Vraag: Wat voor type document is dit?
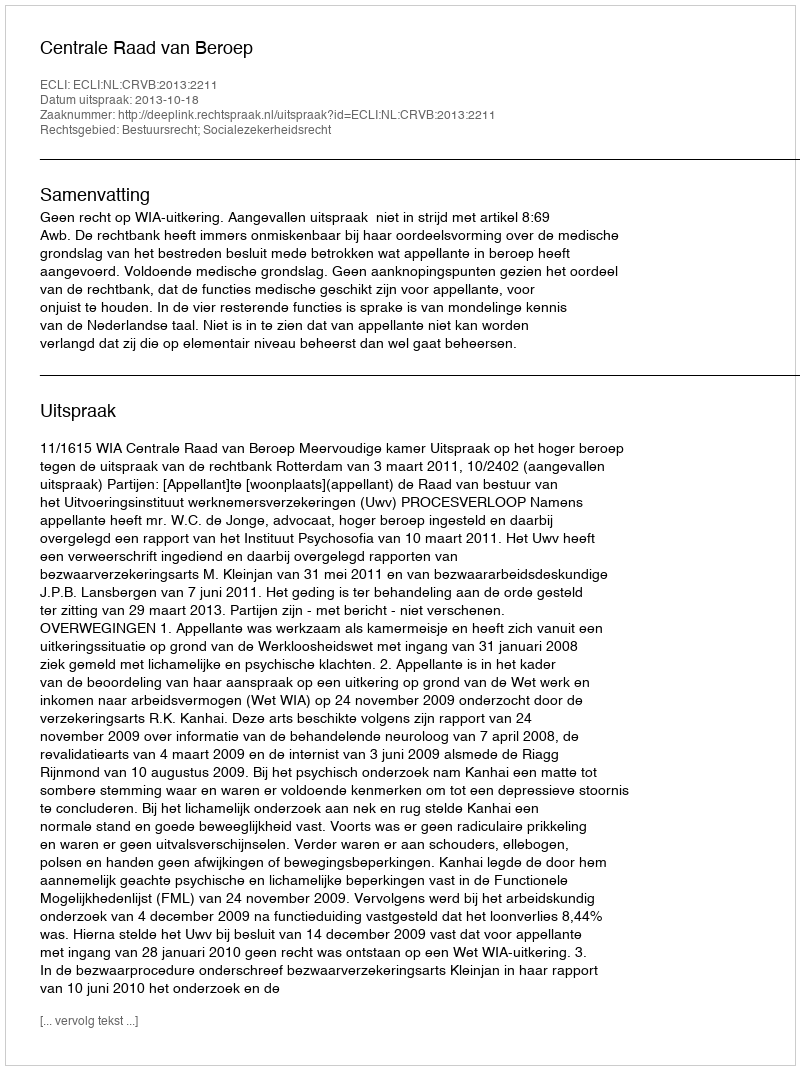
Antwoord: Uitspraak